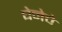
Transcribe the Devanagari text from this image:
घेनेचे